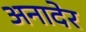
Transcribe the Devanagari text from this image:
अनादेर